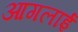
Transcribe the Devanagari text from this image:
आगलाई